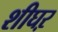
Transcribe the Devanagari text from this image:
शीघऱ